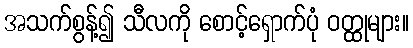
အသက်စွန့်၍ သီလကို စောင့်ရှောက်ပုံ ဝတ္ထုများ။